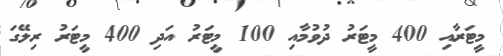
މީޓަރާއި 400 މީޓަރު ދުވުމާއި 100 މީޓަރު އަދި 400 މީޓަރު ރިލޭގަ